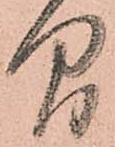
間